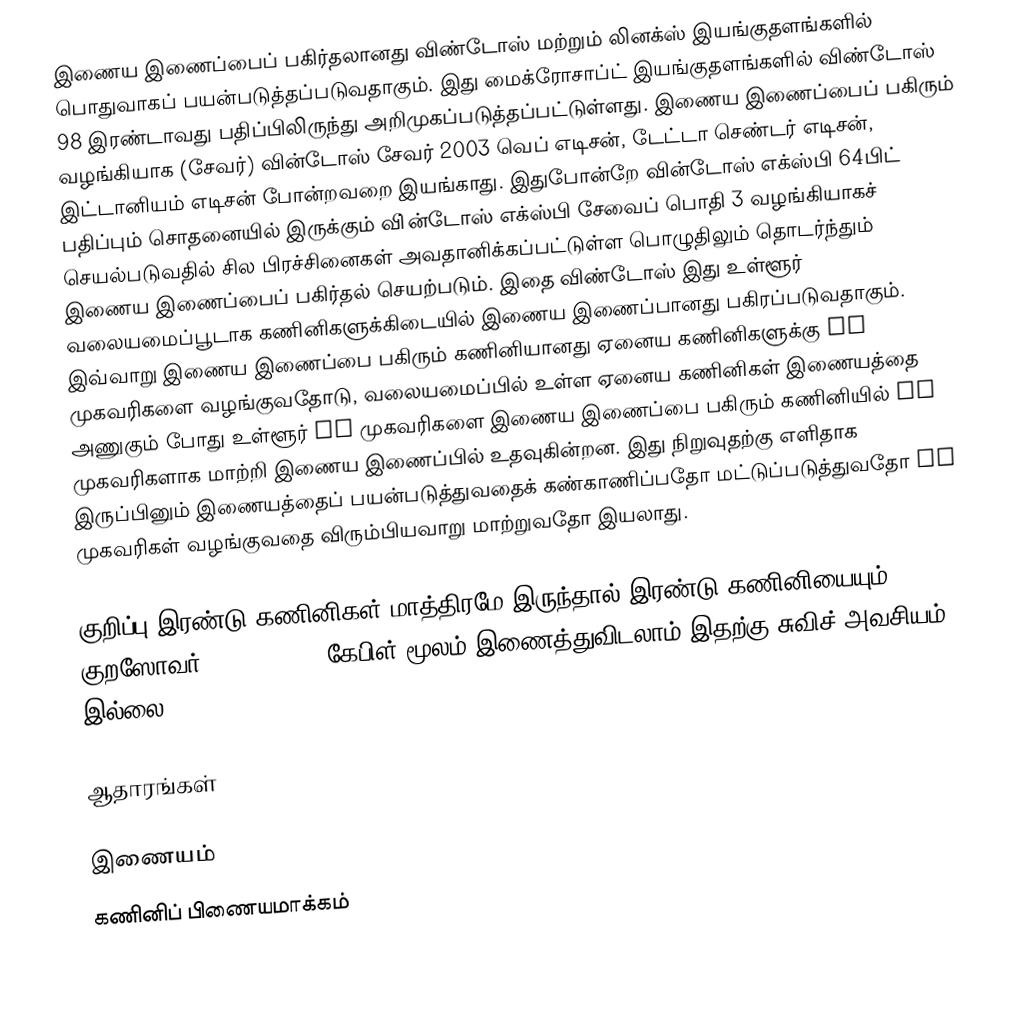
இணைய இணைப்பைப் பகிர்தலானது விண்டோஸ் மற்றும் லினக்ஸ் இயங்குதளங்களில் பொதுவாகப் பயன்படுத்தப்படுவதாகும். இது மைக்ரோசாப்ட் இயங்குதளங்களில் விண்டோஸ் 98 இரண்டாவது பதிப்பிலிருந்து அறிமுகப்படுத்தப்பட்டுள்ளது. இணைய இணைப்பைப் பகிரும் வழங்கியாக (சேவர்) வின்டோஸ் சேவர் 2003 வெப் எடிசன், டேட்டா செண்டர் எடிசன், இட்டானியம் எடிசன் போன்றவறை இயங்காது. இதுபோன்றே  வின்டோஸ் எக்ஸ்பி 64பிட்  பதிப்பும் சொதனையில் இருக்கும் வி்ன்டோஸ் எக்ஸ்பி சேவைப் பொதி 3  வழங்கியாகச் செயல்படுவதில் சில பிரச்சினைகள் அவதானிக்கப்பட்டுள்ள பொழுதிலும் தொடர்ந்தும் இணைய இணைப்பைப் பகிர்தல் செயற்படும்.  இதை விண்டோஸ் இது உள்ளூர் வலையமைப்பூடாக கணினிகளுக்கிடையில் இணைய இணைப்பானது பகிரப்படுவதாகும். இவ்வாறு இணைய இணைப்பை பகிரும் கணினியானது ஏனைய கணினிகளுக்கு IP முகவரிகளை வழங்குவதோடு, வலையமைப்பில் உள்ள ஏனைய கணினிகள் இணையத்தை அணுகும் போது உள்ளூர் IP முகவரிகளை இணைய இணைப்பை பகிரும் கணினியில் IP முகவரிகளாக மாற்றி இணைய இணைப்பில் உதவுகின்றன. இது நிறுவுதற்கு எளிதாக இருப்பினும் இணையத்தைப் பயன்படுத்துவதைக் கண்காணிப்பதோ மட்டுப்படுத்துவதோ IP முகவரிகள் வழங்குவதை விரும்பியவாறு மாற்றுவதோ இயலாது.

குறிப்பு:இரண்டு கணினிகள் மாத்திரமே இருந்தால் இரண்டு கணினியையும் குறஸோவர் (Cross-over) கேபிள் மூலம் இணைத்துவிடலாம் இதற்கு சுவிச் அவசியம் இல்லை.

ஆதாரங்கள்

இணையம்
கணினிப் பிணையமாக்கம்